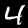
Label: 4